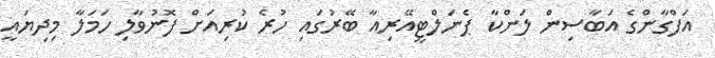
އަފްގާންގެ އަބާސިން ލަންކާ ޕެނަލްޓީއޭރިއާ ބޭރުގައި ހުރެ ކުރިއަށް ފޮނުވާލި ހަމަލާ މިދިޔައީ